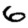
Digit: 6